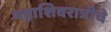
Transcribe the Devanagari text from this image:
महाशिवरात्रीचे